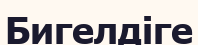
Бигелдіге